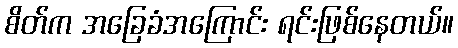
စိတ်က အခြေခံအကြောင်း ရင်းဖြစ်နေတယ်။